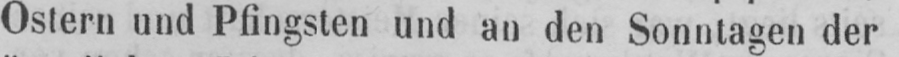
Ostern und Pfingsten und an den Sonntagen der